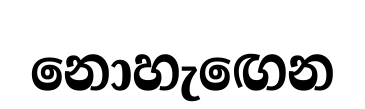
නොහැඟෙන